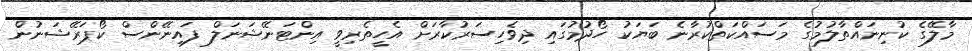
މާލޭގެ ކުނިނައްތާލުމުގެ މަސައްކަތްކުރާނެ ބަޔަކު ހޯދުމުގައި ދިވެހިސަރުކާރަށް އެހީތެރިވީ އިންޓަނޭޝަނަލް ފައިނޭންސް ކޯޕަރޭޝަނުން